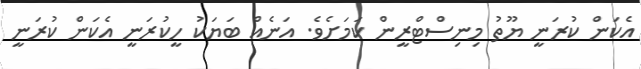
އެކަން ކުރަނީ ޔޫތު މިނިސްޓްރީން ކަމަށެވެ. އަނެއް ބަޔަކު ހީކުރަނީ އެކަން ކުރަނީ